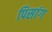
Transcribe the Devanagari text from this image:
पिसांग